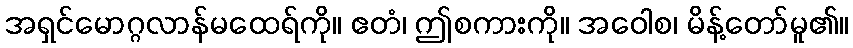
အရှင်မောဂ္ဂလာန်မထေရ်ကို။ ဧတံ၊ ဤစကားကို။ အဝေါစ၊ မိန့်တော်မူ၏။